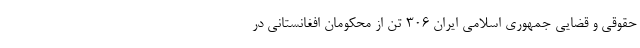
حقوقی و قضایی جمهوری اسلامی ایران ۳۰۶ تن از محکومان افغانستانی در